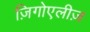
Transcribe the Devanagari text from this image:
ज़िगोएलीज़